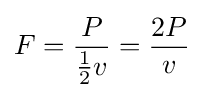
F={\frac {P}{{\frac {1}{2}}v}}={\frac {2P}{v}}